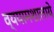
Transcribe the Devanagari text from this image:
व्ययामशालाये